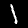
Digit: 1